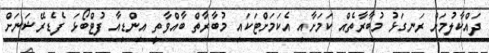
ދައްކާލުމަށް ރަނގަޅު މުބާރާތެއް ކަމަށާއި އެކަމަށްޓަކައި މުބާރާތް ބާއްވާތީ އިންޑިއާ ފުޓްބޯޅަ ފެޑެރޭޝަނަށް